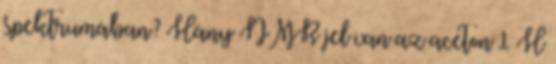
spektrumában? Hány NMR jel van az aceton 1 H